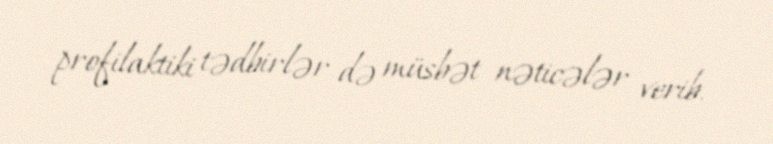
profilaktiki tədbirlər də müsbət nəticələr verib.